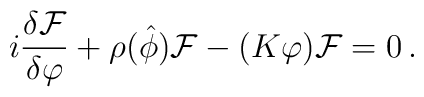
i\frac{\delta{\cal F}}{\delta\varphi} + \rho ({\hat \phi} ) {\cal F}-(K\varphi){\cal F}=0\,.